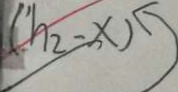
( h _ { 2 } - x )